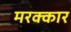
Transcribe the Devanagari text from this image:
मरक्कार